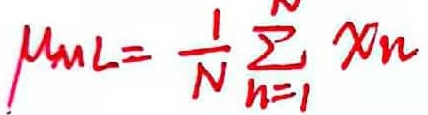
$\mu_{mL}=\frac{1}{N}\sum_{n = 1}^{N}x_n$